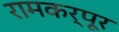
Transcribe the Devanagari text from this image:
रामकर्पूर